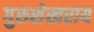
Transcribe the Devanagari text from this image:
गुरुशेखराय